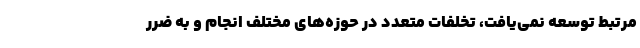
مرتبط توسعه نمی‌یافت، تخلفات متعدد در حوزه‌های مختلف انجام و به ضرر